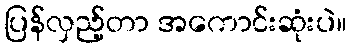
ပြန်လှည့်တာ အကောင်းဆုံးပဲ။